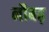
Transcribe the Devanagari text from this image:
नौबढ़